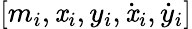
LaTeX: [m_{i},\mathit{x}_{i},y_{i},\dot{{\mathit{x}}}_{i},\dot{{y}}_{i}]